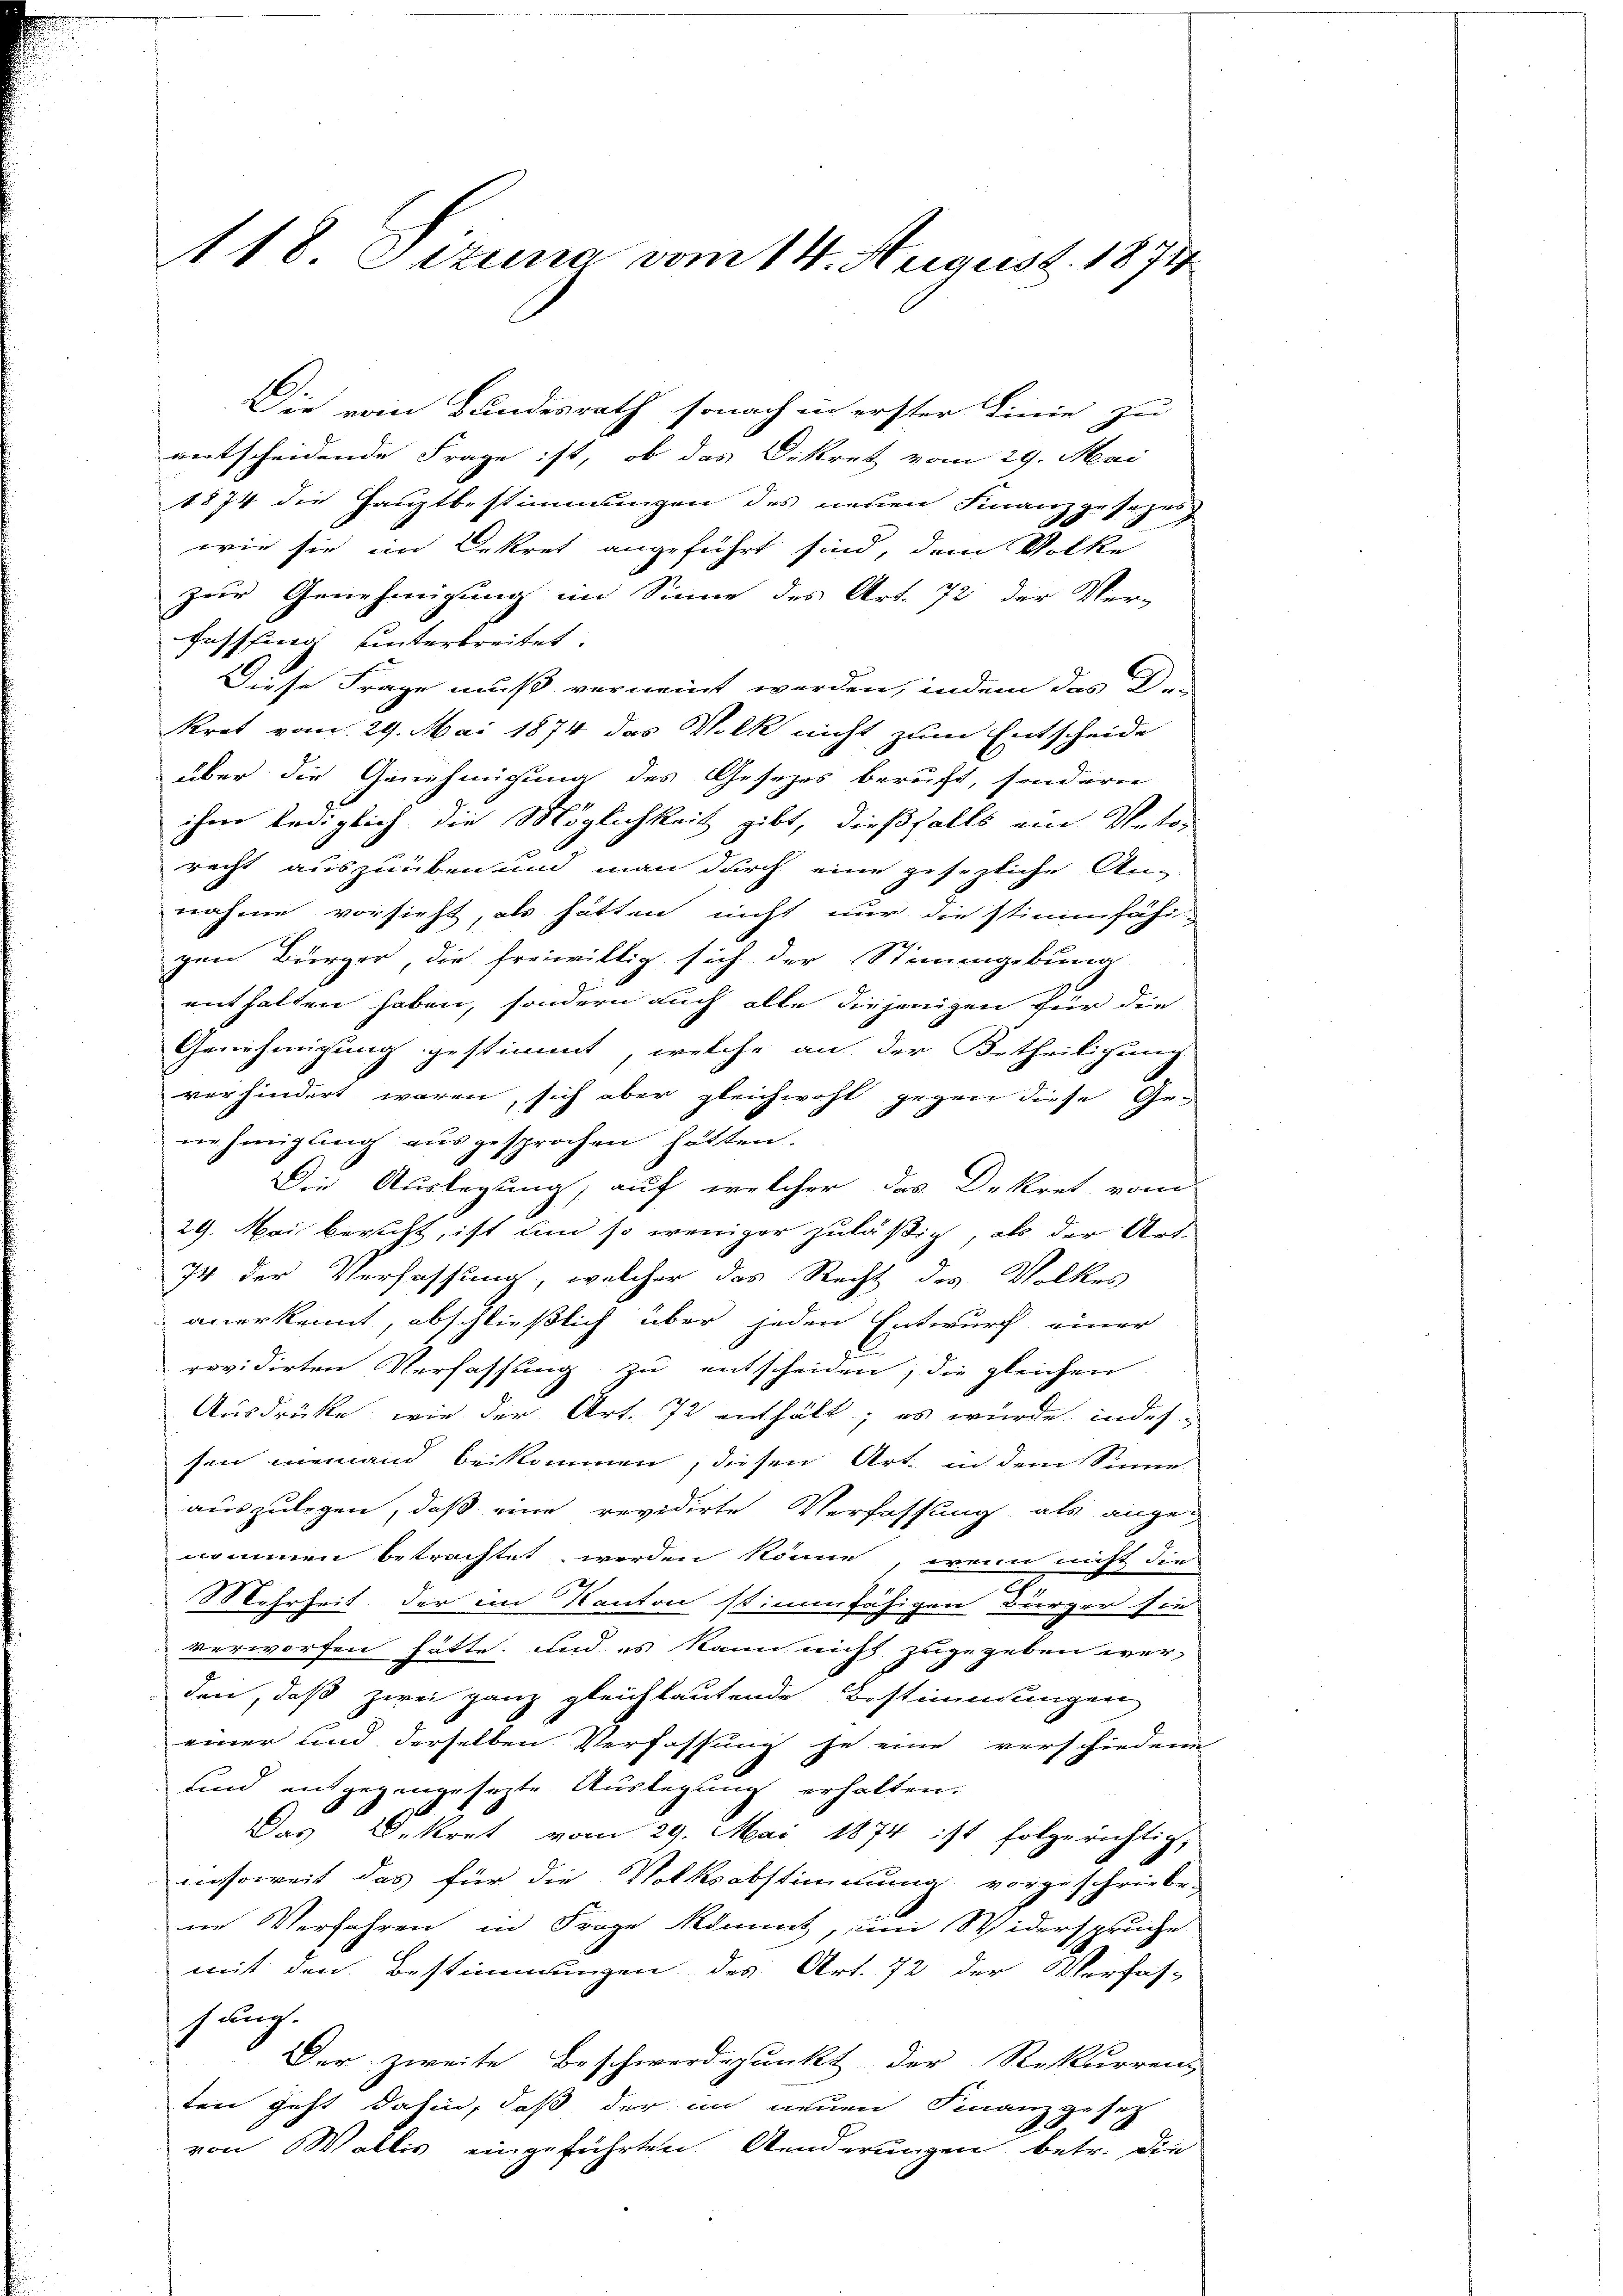
118 Sizung vom 14. August 1874

Die vom Bundesrath sonach in erster Linie zu
entscheidende Frage ist, ob das Dekret vom 29. Mai
1874 die Hauptbestimmungen des neuen Finanzgesezes
wie sie im Dekret angeführt sind, dem Volke
zur Genehmigung im Sinne des Art. 72 der Ver-
Fesssing unterbreitet.
Diese Frage muß verneint werden, indem das De-
Kret vom 29. Mai 1874 das Volk nicht zum Entscheide
über die Genehmigung des Gesetzes beruft, sondern
S.
ihm lediglich die Möglichkeit gibt, dießfalls ein Votorecht auszuüben und man durch eine gesezliche An-
nahme vorsieht, als hätten nicht nur die stimmfähi-
gen Bürger, die freiwillig sich der Stimmgebung
enthalten haben, sondern auch alle diejenigen für die
Genehmigung gestimmt, welche an der Urtheiligung
verhindert waren, sich aber gleichwohl gegen diese Genehmigling ausgesprochen hätten.
Die Auslegung, auf welcher das Dekret vom
29. Mai bericht, ist um so weniger zuläßig, als der Art.
74 der Verfassung, welcher das Recht des Volkes
anerkennt, abschließlich über jeden Entwurf einer
revidirten Verfassung zu entscheiden; die gleichen
Ausdrücke, wie der Art. 72 enthält; es wurde indes-
fen niemand beikommen; diesen Art. in dem Sinne
auszulegen, daß eine revidirte Verfassung als angenommen betrachtet werden könne, wenn nicht die
Mehrheit der im Kanton stimmfähigen Bürger sie
verworfen hätte, und es kann nicht zugegeben wer-
den, daß zwei ganz gleichlautende Bestimmungen,
einer und derselben Verfassung je eine verschiedene
und entgegengesezte Auslegung erhalten.
Das Dekret vom 29. Mai 1874 ist folgerichtig,
nsoweit das für die Volksabstimmung vorgeschriebe-
nn Verfahren in Frage kommt, im Widerspruche
mit den Bestimmungen des Art. 72 der Verfas-
sung.
Der zweite Beschwerdepunkt der Rekurren
ten geht dahin, daß der in neuen Finanzgesetz
A
von Wallis eingeführten Anderungen betr. die